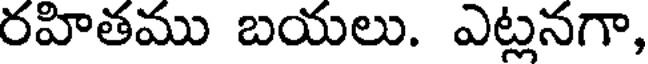
రహితము బయలు. ఎట్లనగా,